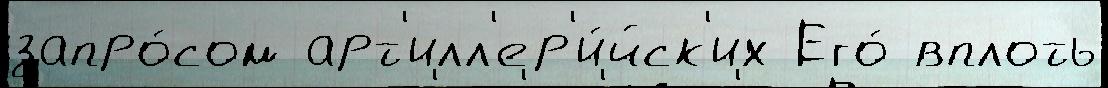
запро́сом арт'илл'ер'и́йск'их Его́ вплоть